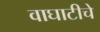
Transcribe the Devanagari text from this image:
वाघाटीचे